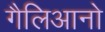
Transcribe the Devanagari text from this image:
गैलिआनो